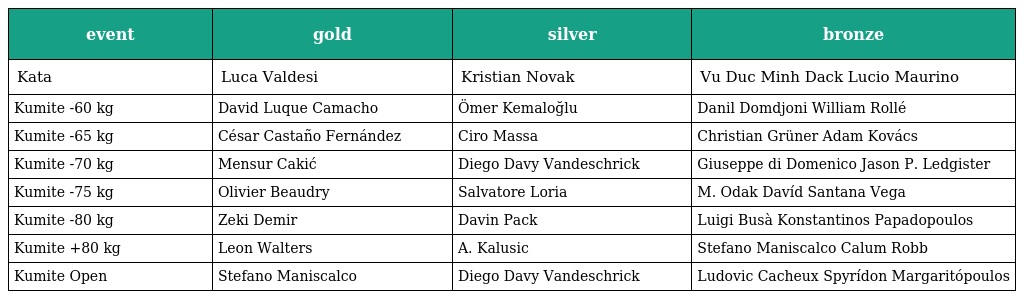
| event | gold | silver | bronze |
 | --- | --- | --- | --- |
 | Kata | Luca Valdesi | Kristian Novak | Vu Duc Minh Dack Lucio Maurino |
 | Kumite -60 kg | David Luque Camacho | Ömer Kemaloğlu | Danil Domdjoni William Rollé |
 | Kumite -65 kg | César Castaño Fernández | Ciro Massa | Christian Grüner Adam Kovács |
 | Kumite -70 kg | Mensur Cakić | Diego Davy Vandeschrick | Giuseppe di Domenico Jason P. Ledgister |
 | Kumite -75 kg | Olivier Beaudry | Salvatore Loria | M. Odak Davíd Santana Vega |
 | Kumite -80 kg | Zeki Demir | Davin Pack | Luigi Busà Konstantinos Papadopoulos |
 | Kumite +80 kg | Leon Walters | A. Kalusic | Stefano Maniscalco Calum Robb |
 | Kumite Open | Stefano Maniscalco | Diego Davy Vandeschrick | Ludovic Cacheux Spyrídon Margaritópoulos |